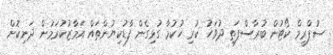
ސުޕްރީމް ކޯޓުން ބުރާސްފަތި ދުވަހު ކުރި ހުކުމާ ގުޅިގެން ފާޑުކިޔުންތައް އަމާޒުކުރަމުން ދަނިކޮށް